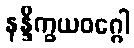
နန္ဒိက္ခယဝဂ္ဂေါ